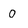
Character: 0